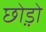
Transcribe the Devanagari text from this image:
छो़ड़ो